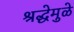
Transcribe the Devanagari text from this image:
श्रद्धेमुळे